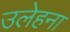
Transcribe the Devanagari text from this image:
उलेहना